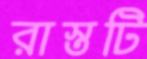
রাস্তটি